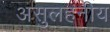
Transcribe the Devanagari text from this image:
असुलहनीय